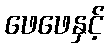
ဖေဖေနှင့်